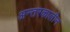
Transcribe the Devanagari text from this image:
अन्तरकालीन